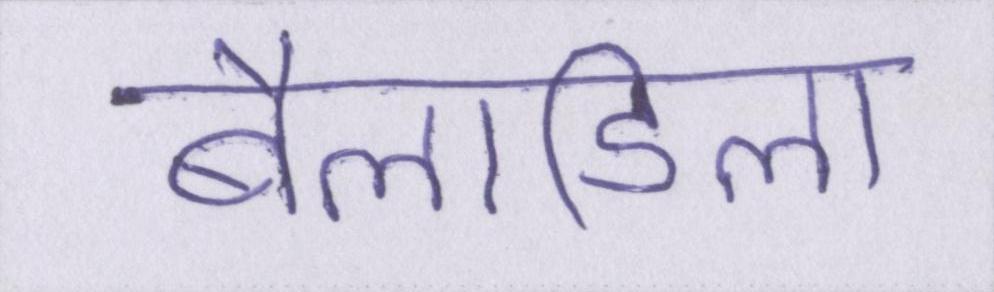
बैलाडिला